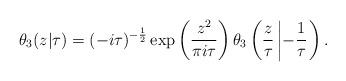
LaTeX: \begin{align*}\theta_3(z|\tau) = (-i\tau)^{-{1 \over 2}} \exp \left({z^2 \over \pi i\tau}\right)\theta_3\left({z \over \tau}\left|- {1 \over \tau} \right.\right) .\end{align*}